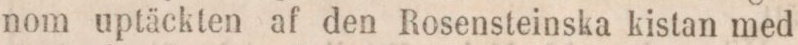
nom uptäckten af den Rosensteinska kistan med